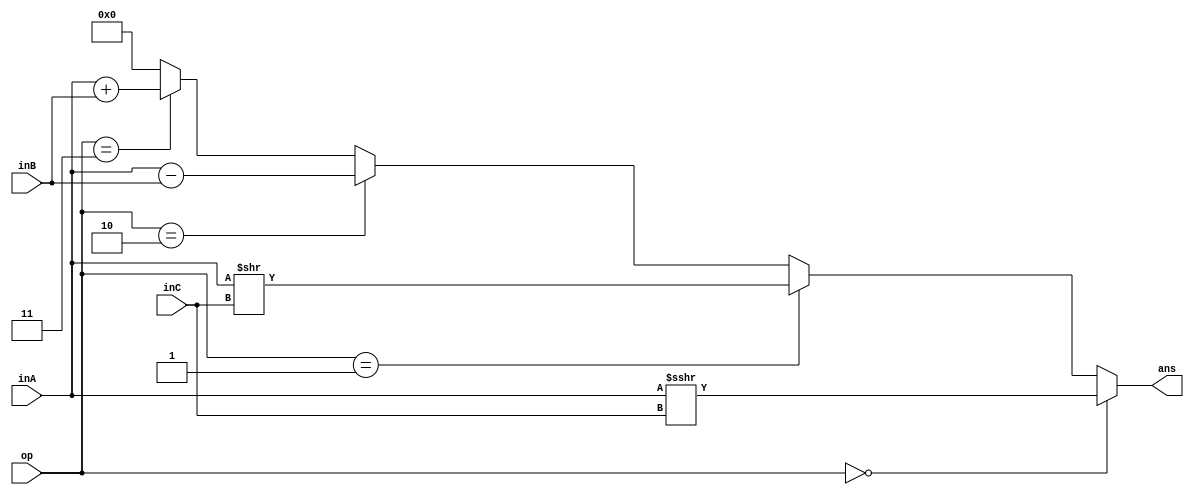
module ALU(
    input [3:0] inA,
    input [3:0] inB,
    input [1:0] inC,
    input [1:0] op,
    output [3:0] ans
);
    assign ans = op == 2'b00 ? $signed($signed(inA) >>> inC) :
                (op == 2'b01) ? inA >> inC :
                (op == 2'b10) ? inA - inB :
                (op == 2'b11) ? inA + inB :
                4'b0000;
    
endmodule //ALU